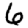
Digit: 6